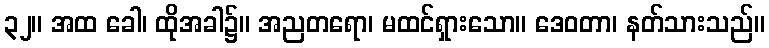
၃၂။ အထ ခေါ၊ ထိုအခါ၌။ အညတရော၊ မထင်ရှားသော။ ဒေဝတာ၊ နတ်သားသည်။